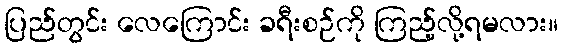
ပြည်တွင်း လေကြောင်း ခရီးစဉ်ကို ကြည့်လို့ရမလား။